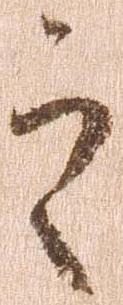
之